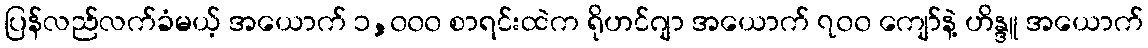
ပြန်လည်လက်ခံမယ့် အယောက် ၁,၀၀၀ စာရင်းထဲက ရိုဟင်ဂျာ အယောက် ၇၀၀ ကျော်နဲ့ ဟိန္ဒူ အယောက်